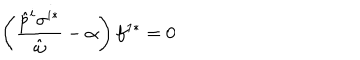
\left( \frac { \hat { p } ^ { i } \sigma ^ { i * } } { \hat { \omega } } - \alpha \right) f ^ { 1 * } = 0